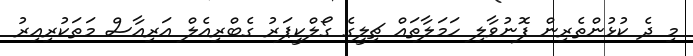
މި ދެ ކުޅުންތެރިން ފޮނުވާލި ހަމަލާތައް ޗިލީގެ ގޯލްކީޕަރު ގެބްރިއެލް އަރިއާސް މަތަކުރިއިރު